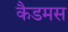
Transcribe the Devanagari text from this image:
कैडमस